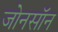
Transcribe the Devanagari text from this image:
जोनसॉन